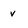
Character: v